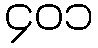
၄၀၁